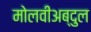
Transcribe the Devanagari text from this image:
मोलवीअब्दुल